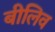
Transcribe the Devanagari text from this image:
बीलिव